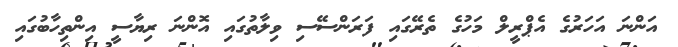
އަންނަ އަހަރުގެ އެޕްރީލް މަހުގެ ތެރޭގައި ފަރަންސޭސި ވިލާތުގައި އޮންނަ ރިޔާސީ އިންތިހާބުގައި